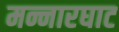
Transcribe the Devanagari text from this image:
मन्नारघाट